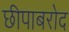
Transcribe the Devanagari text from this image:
छीपाबरोद